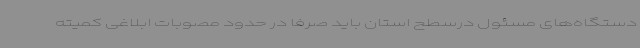
دستگاه‌های مسئول درسطح استان باید صرفا در حدود مصوبات ابلاغی کمیته